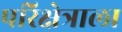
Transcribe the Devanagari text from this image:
परिक्षेत्राला